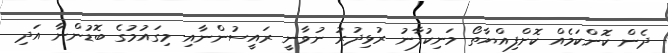
ދެން ކޮންކަމެއް ކޮށްފިއްޔާތޯ މަނިކުފާނު ރުޅިދުރު ނުވާނީ ރައީސުންނާއި މިގައުމުގެ ބޮޑުންނާ އަދި